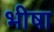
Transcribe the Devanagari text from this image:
भीषा